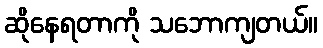
ဆိုနေရတာကို သဘောကျတယ်။